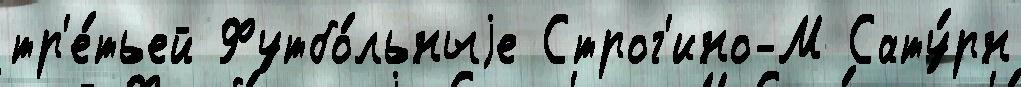
тр'е́тьей Футбо́льныjе Строг'ино-М Сату́рн